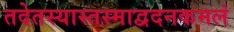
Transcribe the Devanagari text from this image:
तदेतस्यास्तस्माद्वदनकमलं